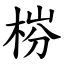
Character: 梤